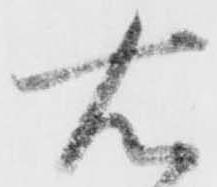
右